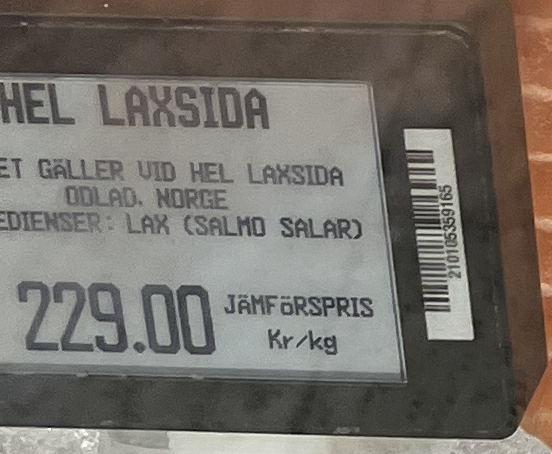
Vara: Hel Laxsida
Genomsnittspris: 229 per kg